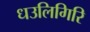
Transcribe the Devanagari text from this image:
धउलिगिरि